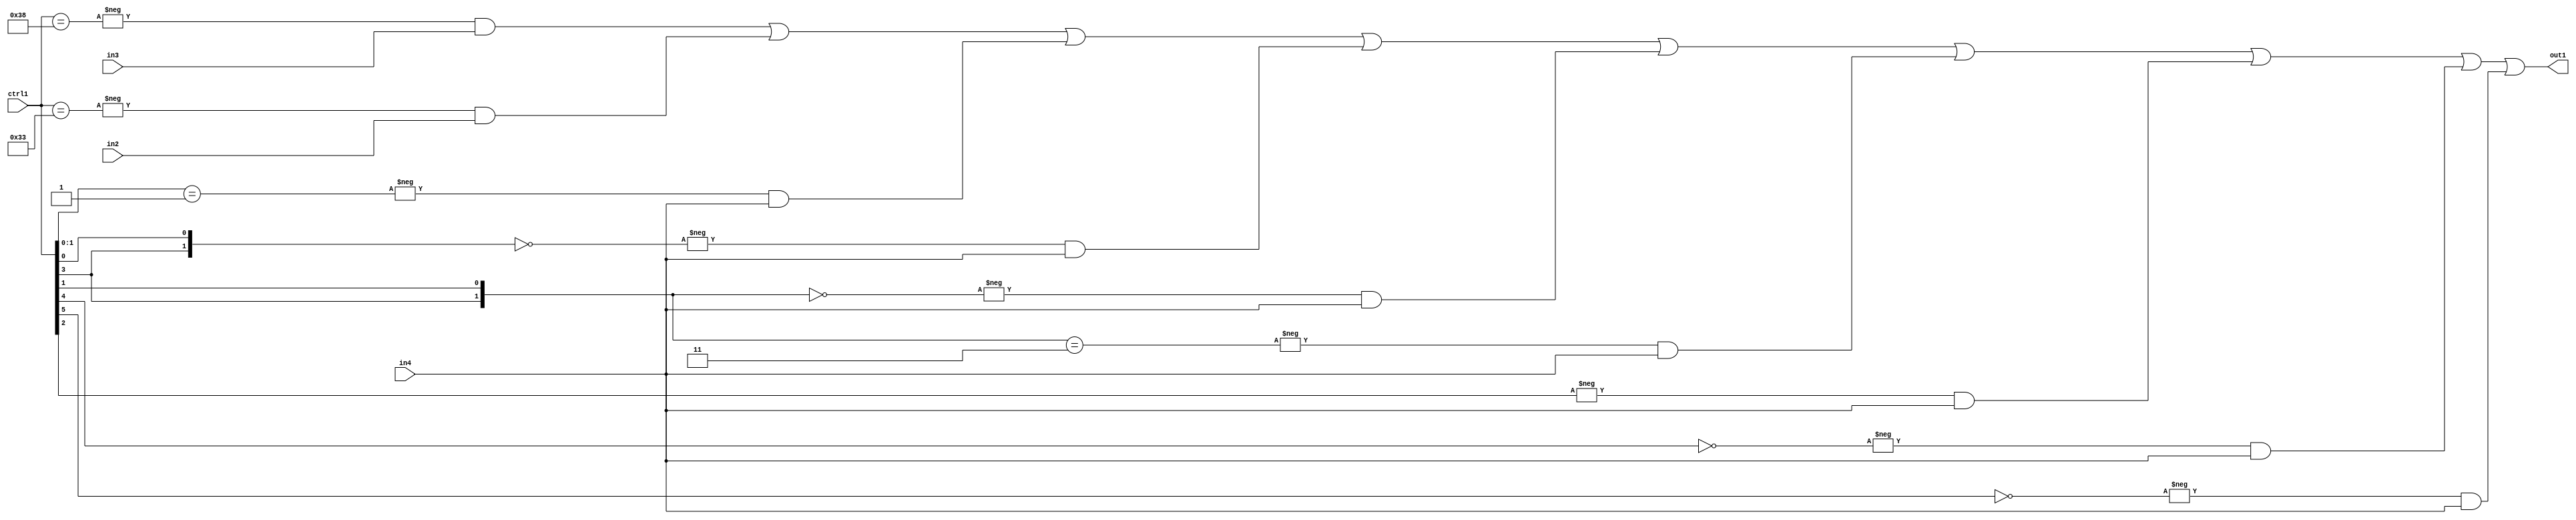
`timescale 1ps / 1ps
/*****************************************************************************
    Verilog RTL Description
    
    
    Created by: Stratus DpOpt 21.05.01 
*******************************************************************************/

module SobelFilter_N_Mux_32_3_81_1 (
	in4,
	in3,
	in2,
	ctrl1,
	out1
	); /* architecture "behavioural" */ 
input [31:0] in4;
input [8:0] in3,
	in2;
input [5:0] ctrl1;
output [31:0] out1;
wire [31:0] asc001;

assign asc001 = 
	-{ctrl1 == 6'B111000} & in3 |
	-{ctrl1 == 6'B110011} & in2 |
	-{ctrl1[1:0] == 2'B01} & in4 |
	-{{ctrl1[3], ctrl1[0]} == 2'B00} & in4 |
	-{{ctrl1[3], ctrl1[1]} == 2'B00} & in4 |
	-{{ctrl1[3], ctrl1[1]} == 2'B11} & in4 |
	-{ctrl1[2] == 1'B1} & in4 |
	-{ctrl1[4] == 1'B0} & in4 |
	-{ctrl1[5] == 1'B0} & in4 ;

assign out1 = asc001;
endmodule

/* CADENCE  vrTwTw4= : u9/ySxbfrwZIxEzHVQQV8Q== ** DO NOT EDIT THIS LINE ******/